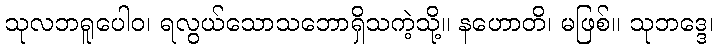
သုလဘရူပေါဝ၊ ရလွယ်သောသဘောရှိသကဲ့သို့။ နဟောတိ၊ မဖြစ်။ သုဘဒ္ဒေ၊